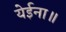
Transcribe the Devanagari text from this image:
येईना॥